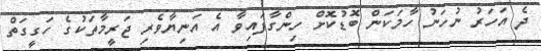
ދެ އަހަރު ނުހަނު ހާމަކަން ބޮޑުކޮށް ހިންގާފައިވާ އެ އަނިޔާވެރި ޖަރީމާތަކުގެ ހަގީގަތް